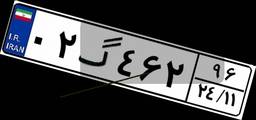
۹۹گ۷۴۸۶۹